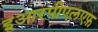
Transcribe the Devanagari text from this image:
इआरपीएलएफ़